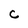
Character: c